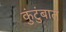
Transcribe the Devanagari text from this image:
कुंटुंबात